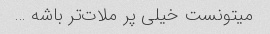
میتونست خیلی پر ملات‌تر باشه …‌